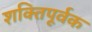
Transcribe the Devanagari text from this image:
शक्‍तिपूर्वक